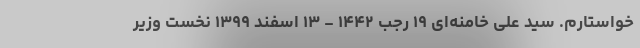
خواستارم. سیّد علی خامنه‌ای ۱۹ رجب ۱۴۴۲ - ۱۳ اسفند ۱۳۹۹ نخست وزیر